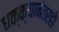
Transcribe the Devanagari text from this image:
धक्क्यानंतरही